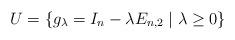
LaTeX: \begin{align*}U = \{ g_{\lambda} = I_n - \lambda E_{n,2} \mid \lambda \geq 0 \} \end{align*}